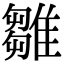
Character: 雛